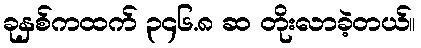
ခုနှစ်ကထက် ၃၄၆.၈ ဆ တိုးလာခဲ့တယ်။